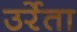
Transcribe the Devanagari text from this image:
उर्रेता